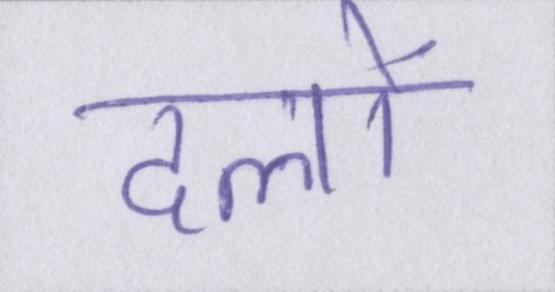
दलों